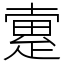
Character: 𤴡